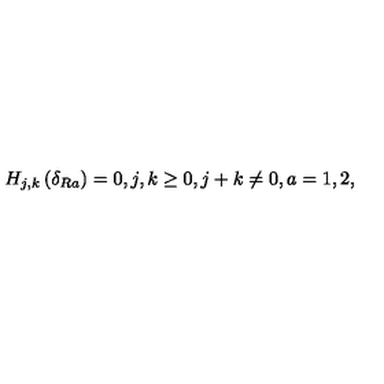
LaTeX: H _ { j , k } \left( \delta _ { R a } \right) = 0 , j , k \geq 0 , j + k \neq 0 , a = 1 , 2 ,